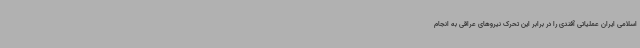
اسلامی ایران عملیاتی آفندی را در برابر این تحرک نیروهای عراقی به انجام